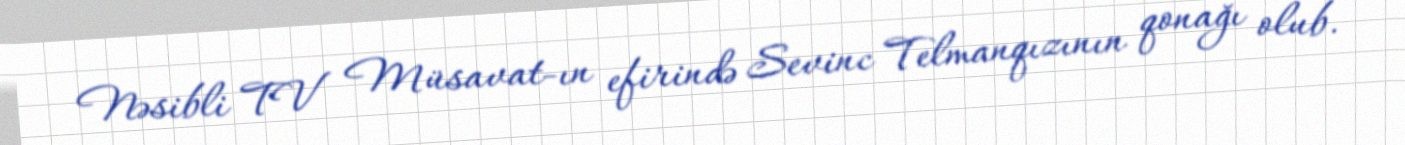
Nəsibli TV Müsavat-ın efirində Sevinc Telmanqızının qonağı olub.